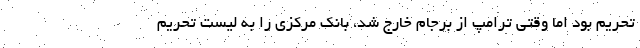
تحریم بود اما وقتی ترامپ از برجام خارج شد، بانک مرکزی را به لیست تحریم